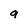
Character: 9